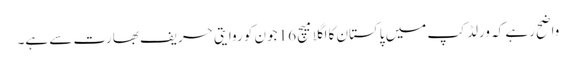
واضح رہے کہ ورلڈ کپ میں پاکستان کا اگلا میچ 16 جون کو روایتی حریف بھارت سے ہے۔